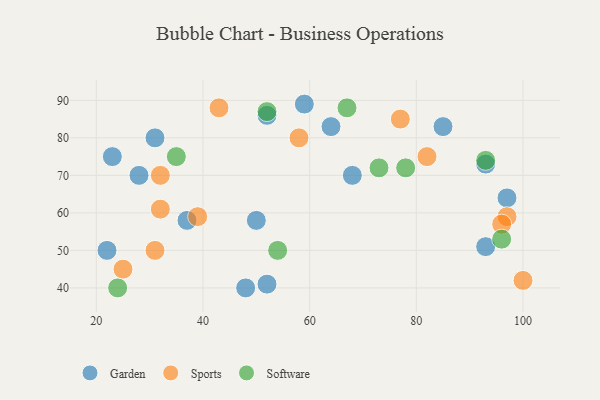
{"axis": {"x": "GDP", "y": "Life Expectancy"}, "legend": ["Garden", "Software", "Sports"], "data": [{"x": "64", "y": 83, "type": "Garden"}, {"x": "22", "y": 50, "type": "Garden"}, {"x": "68", "y": 70, "type": "Garden"}, {"x": "59", "y": 89, "type": "Garden"}, {"x": "93", "y": 51, "type": "Garden"}, {"x": "28", "y": 70, "type": "Garden"}, {"x": "37", "y": 58, "type": "Garden"}, {"x": "93", "y": 73, "type": "Garden"}, {"x": "31", "y": 80, "type": "Garden"}, {"x": "48", "y": 40, "type": "Garden"}, {"x": "97", "y": 64, "type": "Garden"}, {"x": "85", "y": 83, "type": "Garden"}, {"x": "52", "y": 86, "type": "Garden"}, {"x": "23", "y": 75, "type": "Garden"}, {"x": "50", "y": 58, "type": "Garden"}, {"x": "52", "y": 41, "type": "Garden"}, {"x": "39", "y": 59, "type": "Sports"}, {"x": "100", "y": 42, "type": "Sports"}, {"x": "32", "y": 61, "type": "Sports"}, {"x": "97", "y": 59, "type": "Sports"}, {"x": "96", "y": 57, "type": "Sports"}, {"x": "31", "y": 50, "type": "Sports"}, {"x": "32", "y": 70, "type": "Sports"}, {"x": "77", "y": 85, "type": "Sports"}, {"x": "58", "y": 80, "type": "Sports"}, {"x": "82", "y": 75, "type": "Sports"}, {"x": "43", "y": 88, "type": "Sports"}, {"x": "25", "y": 45, "type": "Sports"}, {"x": "35", "y": 75, "type": "Software"}, {"x": "78", "y": 72, "type": "Software"}, {"x": "96", "y": 53, "type": "Software"}, {"x": "93", "y": 74, "type": "Software"}, {"x": "73", "y": 72, "type": "Software"}, {"x": "67", "y": 88, "type": "Software"}, {"x": "52", "y": 87, "type": "Software"}, {"x": "24", "y": 40, "type": "Software"}, {"x": "54", "y": 50, "type": "Software"}]}